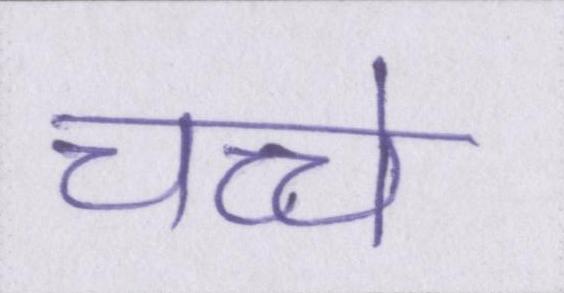
चच्चे